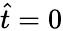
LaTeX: \hat{t}=0